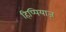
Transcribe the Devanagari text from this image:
हिप्पियाज़